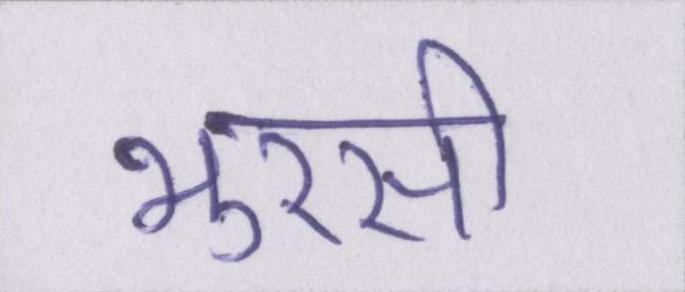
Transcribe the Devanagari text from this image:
भुरसी